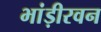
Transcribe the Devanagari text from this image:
भांड़ीरवन